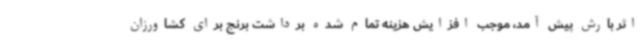
اثر بارش پیش آمد، موجب افزایش هزینه تمام شده برداشت برنج برای کشاورزان